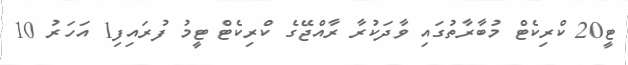
ޓީ20 ކްރިކެޓް މުބާރާތުގައި ވާދަކުރާ ރާއްޖޭގެ ކްރިކެޓް ޓީމު ފުރައިފި1 އަހަރު 10